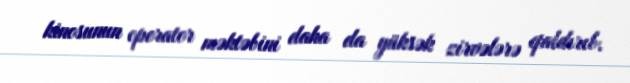
kinosunun operator məktəbini daha da yüksək zirvələrə qaldırıb.